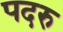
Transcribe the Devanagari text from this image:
पदरु